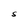
Character: S